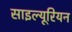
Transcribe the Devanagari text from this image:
साइल्यूरियन